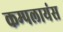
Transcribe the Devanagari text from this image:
कम्पलायंस